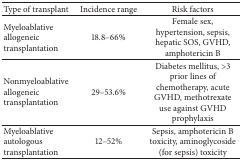
<table><thead><tr><td><b>Type of transplant</b></td><td><b>Incidence range</b></td><td><b>Risk factors</b></td></tr></thead><tbody><tr><td>Myeloablative allogeneic transplantation</td><td>18.8–66%</td><td>Female sex, hypertension, sepsis, hepatic SOS, GVHD, amphotericin B</td></tr><tr><td>Nonmyeloablative allogeneic transplantation</td><td>29–53.6%</td><td>Diabetes mellitus, &gt;3 prior lines of chemotherapy, acute GVHD, methotrexate use against GVHD prophylaxis</td></tr><tr><td>Myeloablative autologous transplantation</td><td>12–52%</td><td>Sepsis, amphotericin B toxicity, aminoglycoside (for sepsis) toxicity</td></tr></tbody></table>